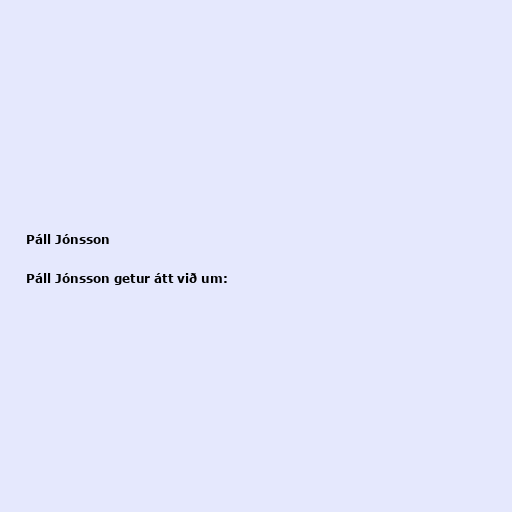
Páll Jónsson

Páll Jónsson getur átt við um: